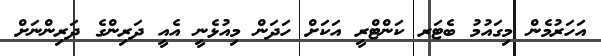
އަހަރުމެން މިގައުމު ބެޓަރ ކަންޓްރީ އަކަށް ހަދަން މިއުޅެނީ އެއީ ދަރިންގެ ދަރިންނަށް